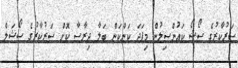
ސަރުކާރުގެ ސޯޝޯ ކައުންސިލުން މިފަދަ ކަންކަން ބަލާ ދިރާސާ ކޮށް ސަރުކާރުގެ ސޯޝަލް